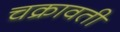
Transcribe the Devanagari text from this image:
चक्रावती